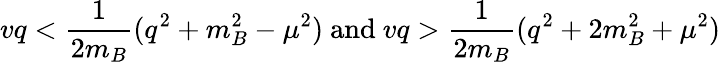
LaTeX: vq<\frac{1}{2m_{B}}(q^{2}+m_{B}^{2}-\mu^{2})\mathrm{~and~}vq>\frac{1}{2m_{B}}(q^{2}+2m_{B}^{2}+\mu^{2})